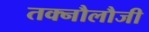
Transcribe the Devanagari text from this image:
तक्नौलौजी